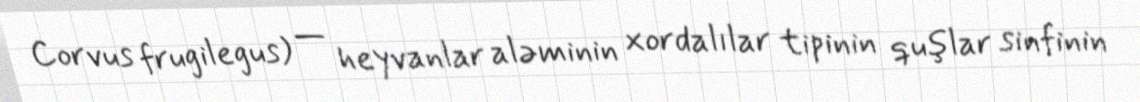
Corvus frugilegus) — heyvanlar aləminin xordalılar tipinin quşlar sinfinin